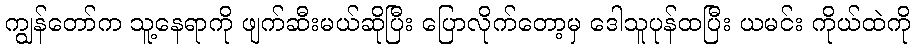
ကျွန်တော်က သူ့နေရာကို ဖျက်ဆီးမယ်ဆိုပြီး ပြောလိုက်တော့မှ ဒေါသူပုန်ထပြီး ယမင်း ကိုယ်ထဲကို